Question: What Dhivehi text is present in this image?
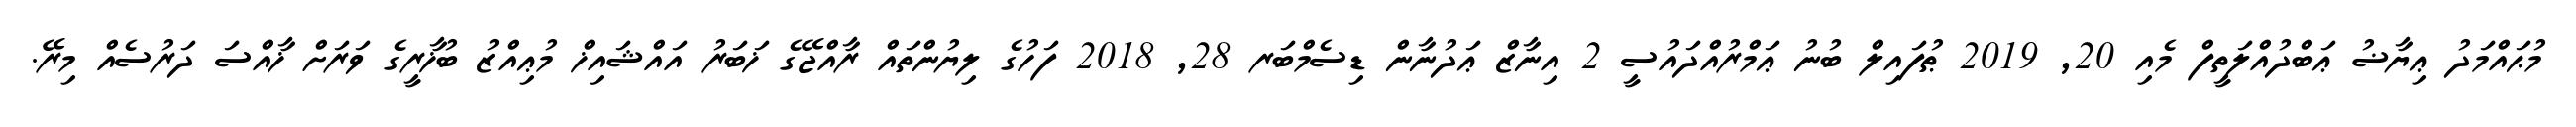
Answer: މުޙައްމަދު ޢިޔާޟު ޢަބްދުއްލަތީފް މެއި 20, 2019 ޠުފައިލް ބުނު ޢަމްރުއްދައުސީ 2 އިނާޒް ޢަދުނާން ޑިސެމްބަރ 28, 2018 ފަހުގެ ލިޔުންތައް ރާއްޖޭގެ ޚަބަރު އައްޝައިޚް މުޢިއްޒު ބުޚާރީގެ ވަރަށް ޚާއްސަ ދަރުސެއް މިރޭ.